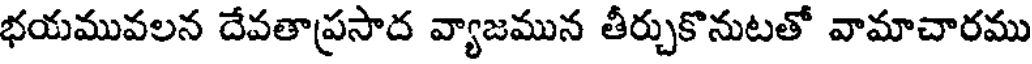
భయమువలన దేవతాప్రసాద వ్యాజమున తీర్చుకొనుటతో వామాచారము